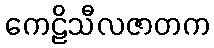
ကေဠိသီလဇာတက